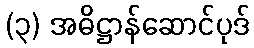
(၃) အဓိဋ္ဌာန်ဆောင်ပုဒ်